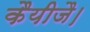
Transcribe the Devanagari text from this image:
कैयीजै।